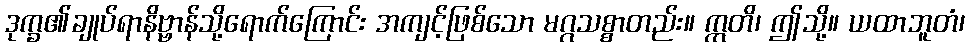
ဒုက္ခ၏ချုပ်ရာနိဗ္ဗာန်သို့ရောက်ကြောင်း အကျင့်ဖြစ်သော မဂ္ဂသစ္စာတည်း။ ဣတိ၊ ဤသို့။ ယထာဘူတံ၊